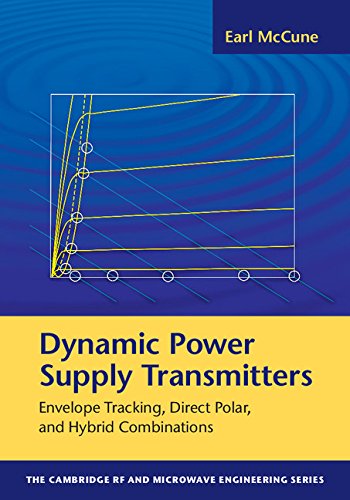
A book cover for Dynamic Power Supply Transmitters: Envelope Tracking, Direct Polar, and Hybrid Combinations (The Cambridge RF and Microwave Engineering Series); Earl McCune; Crafts, Hobbies & Home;